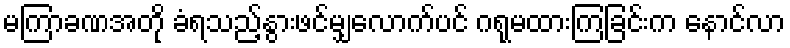
မကြာခဏအတို ခံရသည့်နွားဖင်မျှလောက်ပင် ဂရုမထားကြခြင်းက နောင်လာ